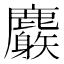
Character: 𪋧